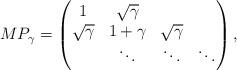
LaTeX: \begin{align*}MP_\gamma =\begin{pmatrix}1&\sqrt{\gamma}\\\sqrt{\gamma}&1+\gamma&\sqrt{\gamma}\\&\ddots&\ddots&\ddots\end{pmatrix} ,\end{align*}